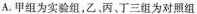
A.甲组为实验组，乙、丙、丁三组为对照组